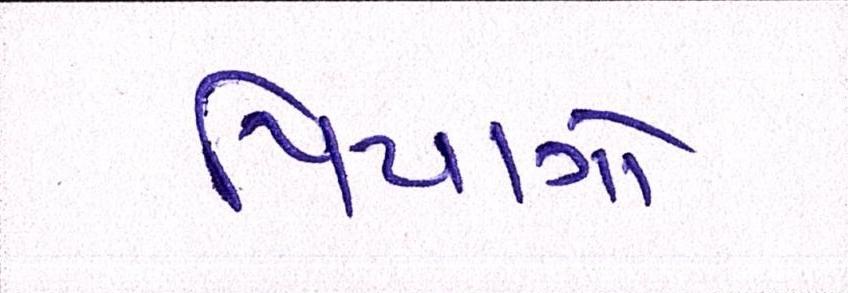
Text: પિયાગો